Report on vaccination proceedings throughout the Government of Bengal -
Year: 1868
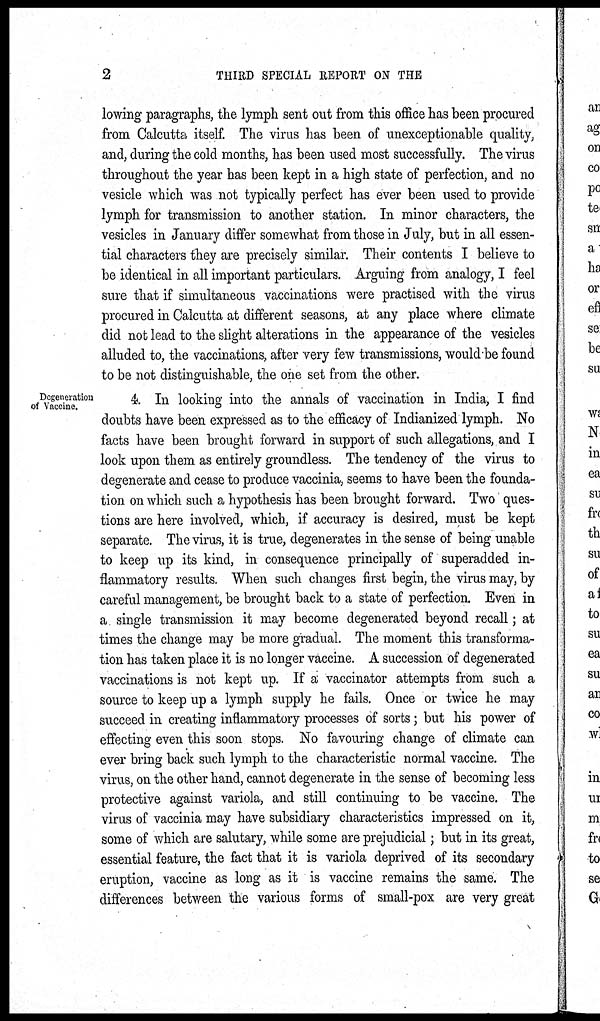
2
THIRD SPECIAL REPORT ON THE
lowing paragraphs, the lymph sent out from this office has been procured
from Calcutta itself. The virus has been of unexceptionable quality,
and, during the cold months, has been used most successfully. The virus
throughout the year has been kept in a high state of perfection, and no
vesicle which was not typically perfect has ever been used to provide
lymph for transmission to another station. In minor characters, the
vesicles in January differ somewhat from those in July, but in all essen-
tial characters they are precisely similar. Their contents I believe to
be identical in all important particulars. Arguing from analogy, I feel
sure that if simultaneous vaccinations were practised with the virus
procured in Calcutta at different seasons, at any place where climate
did not lead to the slight alterations in the appearance of the vesicles
alluded to, the vaccinations, after very few transmissions, would be found
to be not distinguishable, the one set from the other.
Degeneration
of Vaccine.
4. In looking into the annals of vaccination in India, I find
doubts have been expressed as to the efficacy of Indianized lymph. No
facts have been brought forward in support of such allegations, and I
look upon them as entirely groundless. The tendency of the virus to
degenerate and cease to produce vaccinia, seems to have been the founda-
tion on which such a hypothesis has been brought forward. Two ques-
tions are here involved, which, if accuracy is desired, must be kept
separate. The virus, it is true, degenerates in the sense of being unable
to keep up its kind, in consequence principally of superadded in-
flammatory results. When such changes first begin, the virus may, by
careful management, be brought back to a state of perfection. Even in
a single transmission it may become degenerated beyond recall; at
times the change may be more gradual. The moment this transforma-
tion has taken place it is no longer vaccine. A succession of degenerated
vaccinations is not kept up. If a vaccinator attempts from such a
source to keep up a lymph supply he fails. Once or twice he may
succeed in creating inflammatory processes of sorts; but his power of
effecting even this soon stops. No favouring change of climate can
ever bring back such lymph to the characteristic normal vaccine. The
virus, on the other hand, cannot degenerate in the sense of becoming less
protective against variola, and still continuing to be vaccine. The
virus of vaccinia may have subsidiary characteristics impressed on it,
some of which are salutary, while some are prejudicial; but in its great,
essential feature, the fact that it is variola deprived of its secondary
eruption, vaccine as long as it is vaccine remains the same. The
differences between the various forms of small-pox are very great